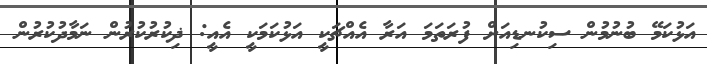
އަޅުކަމޭ ބުނުމުން ސިކުނޑިއަށް ފުރަތަމަ އަރާ އެއްޗަކީ އަޅުކަމަކީ އެއީ: ޛިކުރުކުރުން ނަމާދުކުރުން